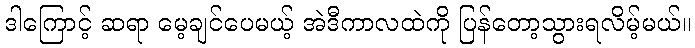
ဒါကြောင့် ဆရာ မေ့ချင်ပေမယ့် အဲဒီကာလထဲကို ပြန်တော့သွားရလိမ့်မယ်။